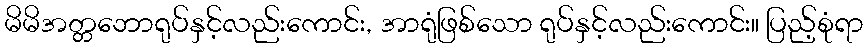
မိမိအတ္တဘောရုပ်နှင့်လည်းကောင်း, အာရုံဖြစ်သော ရုပ်နှင့်လည်းကောင်း။ ပြည့်စုံရာ